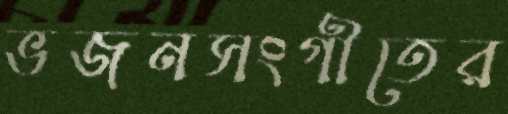
ভজনসংগীতের